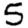
Digit: 5